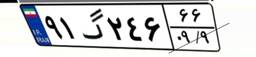
۸۶گ۵۳۴۱۱